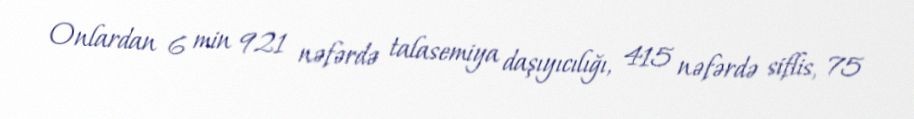
Onlardan 6 min 921 nəfərdə talasemiya daşıyıcılığı, 415 nəfərdə siflis, 75